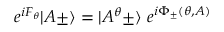
e ^ { i F _ { \theta } } \vert A \pm \rangle = \vert A ^ { \theta } \pm \rangle \ e ^ { i \Phi _ { \pm } ( \theta , A ) }